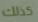
كذلك